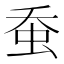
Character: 𧉕